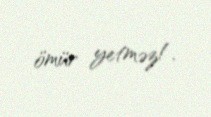
ömür yetməz!.